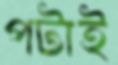
পটাই